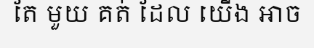
តែ មួយ គត់ ដែល យើង អាច